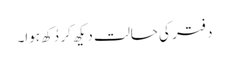
دفتر کی حالت دیکھ کر دُکھ ہوا۔